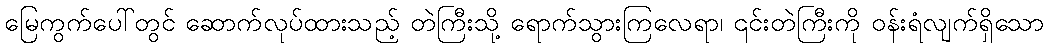
မြေကွက်ပေါ်တွင် ဆောက်လုပ်ထားသည့် တဲကြီးသို့ ရောက်သွားကြလေရာ၊ ၎င်းတဲကြီးကို ဝန်းရံလျက်ရှိသော